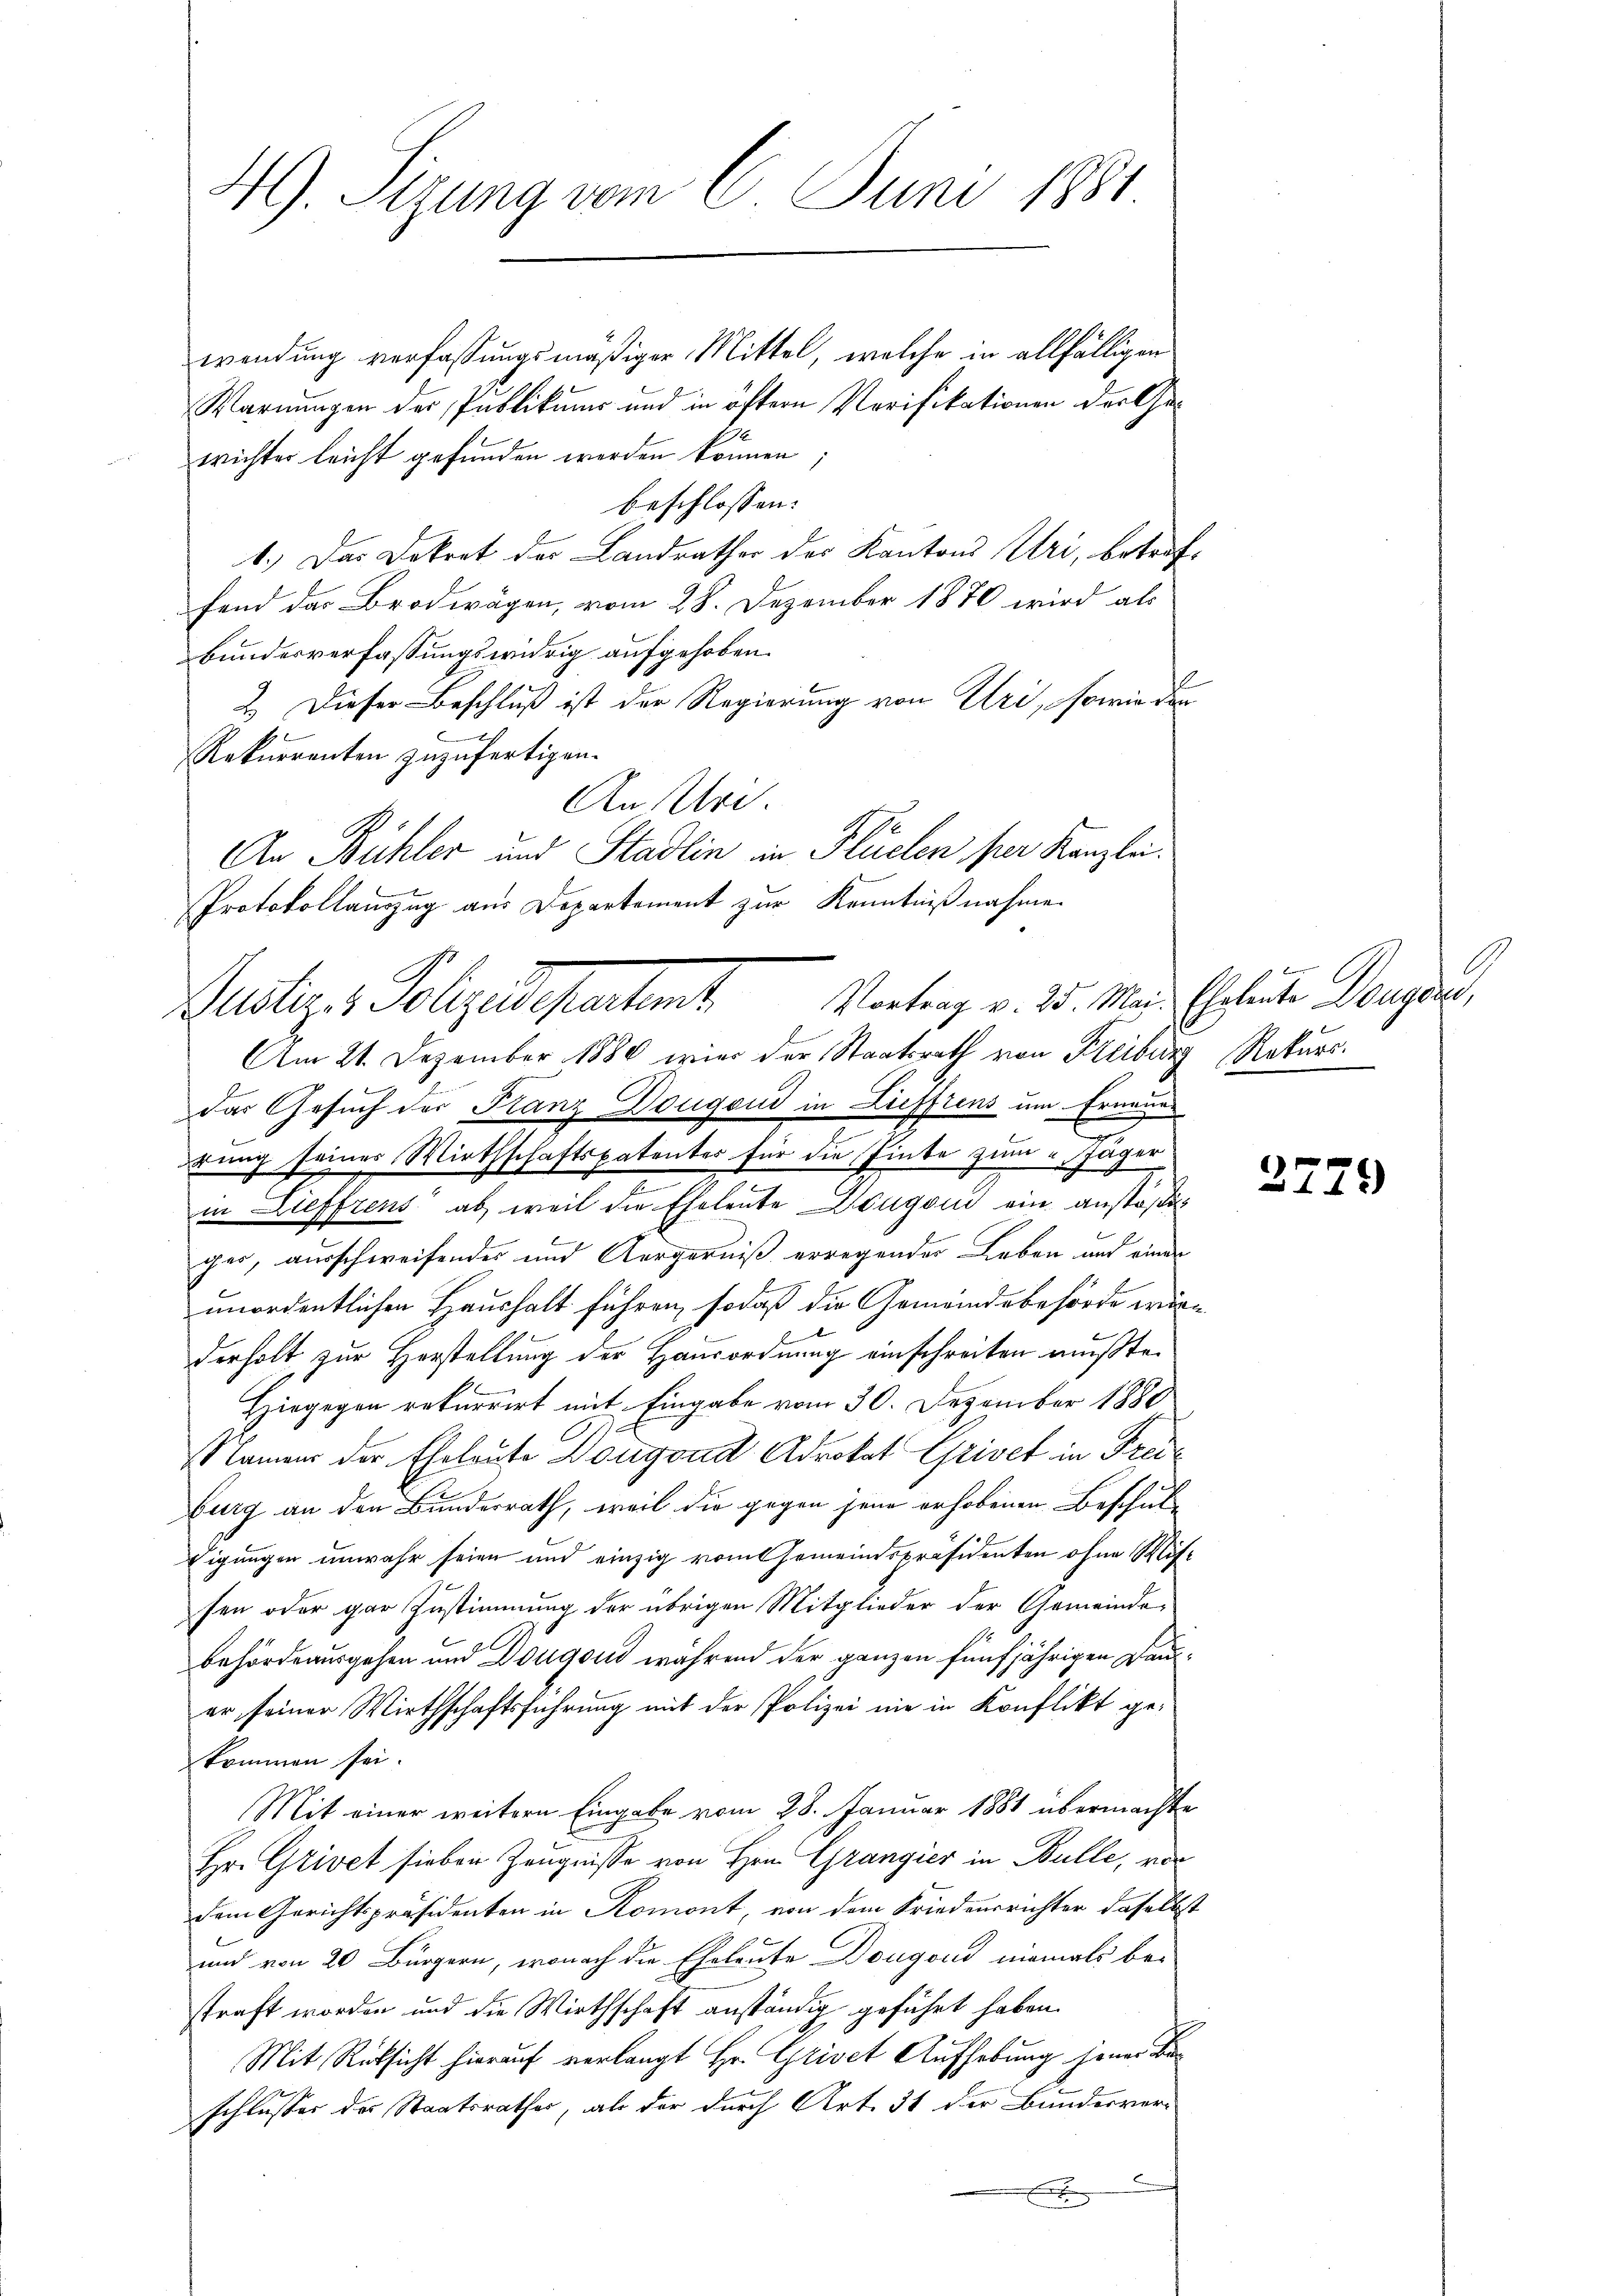
49. Sizung vom 6. Juni 1884

wendung verfassungsmäßiger Mittel, welche in allfälligen
Warnungen der Publikums und in öftern Verifikationen der Ge¬
2
wichter leicht gefunden werden können;
beschlossen:
1.) Das Dekret der Landrathes der Kantons Uri, betref
fend das Brodwägen, vom 28. Dezember 1870 wird als
Bundesverfassungswidrig aufgehoben.
2. Dieser Beschluß ist der Regierung von Uri, sowie der
.
Rekurrenten zuzufertigen.
An Uri.
An Bühler und Stadlin in Flüelen per Kanzlei.
Protokollauszug aus Departement zur Kenntnißnahme
Am 21. Dezember 1880 wie der Staatsrath von Freiburg Rekurs.
das Gesuch der Franz Dougend in Lieffrens um Erneue
drung seiner Wirthschaftspatenter für die Tinte zum Jäger
in Lieffrens ab, weil die Eheleute Dingen ein anstößig
ger, ausschweifender und Aergerniß erregender Leben auf einer
unordentlichen Haushalt führen, sodaß die Gemeindsbehörde wä
b
derholt zur Herstellung der Hausordnung einschreiten mußte.
Hiegegen rekurrirt mit Eingabe vom 30. Dezember 1880
.
Namens der Eheleute Dougvad Advokat Grivet in Freiburg an den Bundesrath, weil die gegen jene erhobenen Beschuldigungen unwahr seien und einzig vom Gemeindspräsidenten ohne Mitsen oder gar Zustimmung der übrigen Mitglieder der Gemeinde-
behördeausgehen und Dougoud während der ganzen fünfjährigen Dauer, seiner Wirthschaftsführung mit der Polizei nie in Konflikt gekommen sei.
Mit einer weitern Eingabe vom 28. Januar 1881 übermachte
Hr. Grivet sieben Zeugnisse von Hrn. Grangier in Bulle, von
dem Gerichtspräsidenten in Romont, von dem Friedensrichter daselb
und von 20 Bürgern, wonach die Eheleute Dougond niemals be-
straft worden und die Wirthschaft anständig geführt haben.
Mit Rücksicht hierauf verlangt Hr. Grivet Aufhebung jener
schlusser des Staatsrathes, als der durch Art. 31 der Bundesver-

Justiz & Polizeideparten Vortrag v. 25. Mai Eheleute Morgen,

2729